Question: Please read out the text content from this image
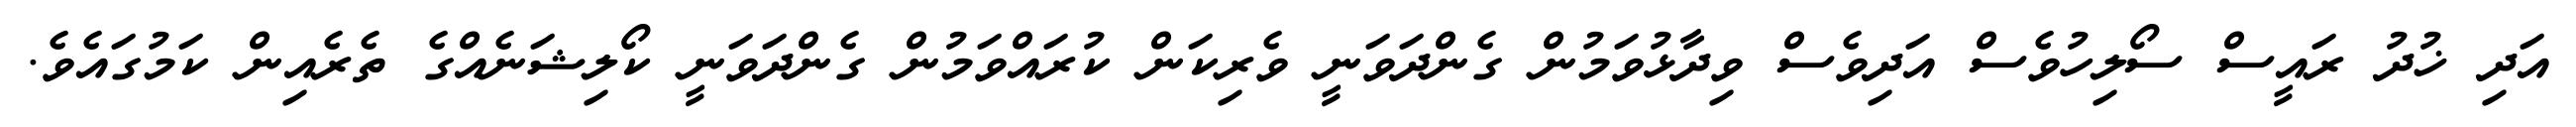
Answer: އަދި ޚުދު ރައީސް ސޯލިހުވެސް އަދިވެސް ވިދާޅުވަމުން ގެންދަވަނީ ވެރިކަން ކުރައްވަމުން ގެންދަވަނީ ކޯލިޝަނެއްގެ ތެރެއިން ކަމުގައެވެ.